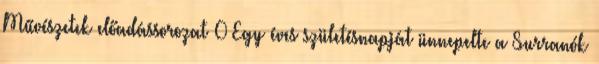
Művészetek előadássorozat 0 Egy éves születésnapját ünnepelte a Surranók